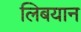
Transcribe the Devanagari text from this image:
लिबयान